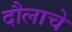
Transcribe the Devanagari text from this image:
दौलाचे